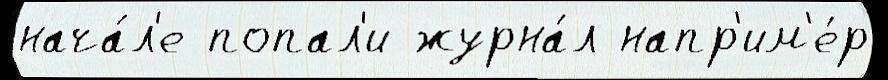
нача́л'е попал'и журна́л напр'им'е́р